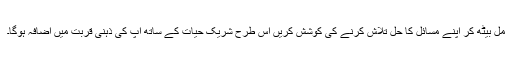
مل بیٹھ کر اپنے مسائل کا حل تلاش کرنے کی کوشش کریں اس طرح شریک حیات کے ساتھ آپ کی ذہنی قربت میں اضافہ ہوگا۔